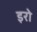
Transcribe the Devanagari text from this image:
इरो